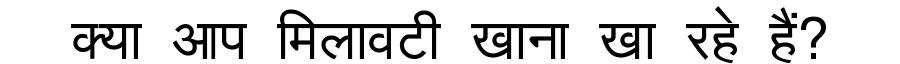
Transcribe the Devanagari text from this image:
क्या आप मिलावटी खाना खा रहे हैं?